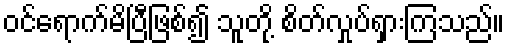
ဝင်ရောက်မိပြီဖြစ်၍ သူတို့ စိတ်လှုပ်ရှားကြသည်။